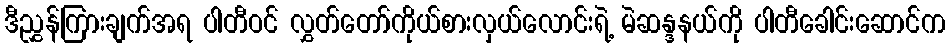
ဒီညွှန်ကြားချက်အရ ပါတီဝင် လွှတ်တော်ကိုယ်စားလှယ်လောင်းရဲ့ မဲဆန္ဒနယ်ကို ပါတီခေါင်းဆောင်က